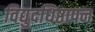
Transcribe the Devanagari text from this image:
विद्युदधिष्ठापन